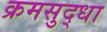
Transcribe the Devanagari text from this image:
क्रमसुद्धा